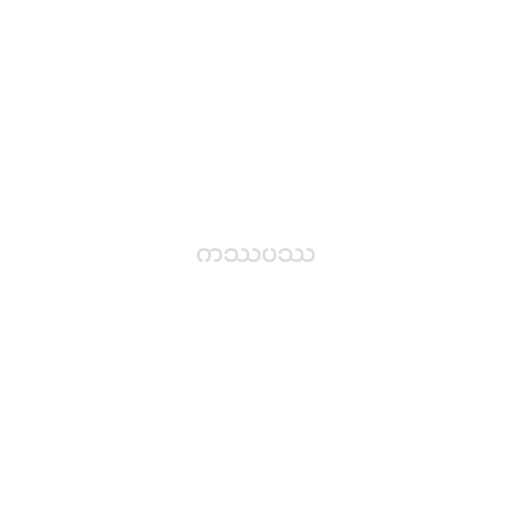
ကဿပဿ